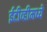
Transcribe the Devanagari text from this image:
ईटीव्हीमध्ये